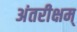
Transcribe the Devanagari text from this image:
अंतरीक्षम्